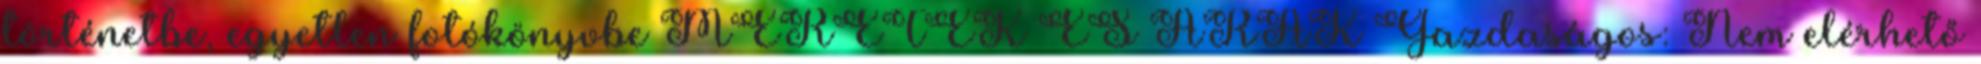
történetbe, egyetlen fotókönyvbe MÉRETEK ÉS ÁRAK Gazdaságos: Nem elérhető